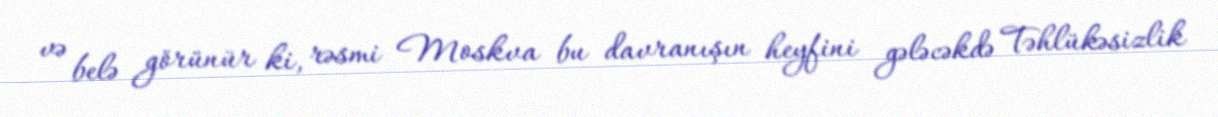
və belə görünür ki, rəsmi Moskva bu davranışın heyfini gələcəkdə Təhlükəsizlik